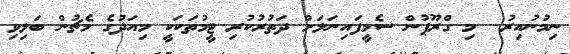
ނިމުނުއިރު  މި ގްރޫޕުން ސެމީފައިނަލަށް ދަތުރުކުރި ޓީމުތަކަކީ މިއަދުގެ މެޗުން ބަލިވި